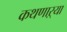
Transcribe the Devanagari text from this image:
कथणाऱ्या